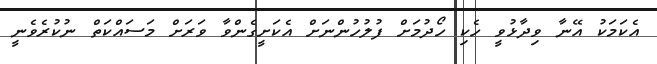
އެކަމަކު އޭނާ ވިދާޅުވީ ހެކި ހޯދުމަށް ފުލުހުންނަށް އެކަށީގެންވާ ވަރަށް މަސައްކަތް ނުކުރެވެނީ